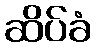
ဆိပ်ခံ